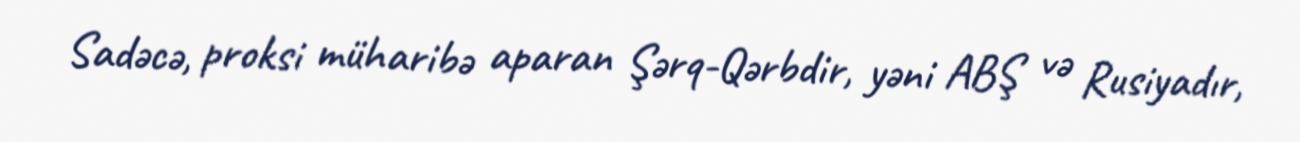
Sadəcə, proksi müharibə aparan Şərq-Qərbdir, yəni ABŞ və Rusiyadır,